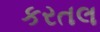
કરતલ